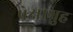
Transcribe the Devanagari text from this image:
प्रेक्षाग़्रुह